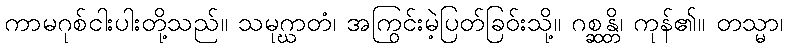
ကာမဂုစ်ငါးပါးတို့သည်။ သမုဂ္ဃာတံ၊ အကြွင်းမဲ့ပြတ်ခြဝ်းသို့။ ဂစ္ဆန္တိ၊ ကုန်၏။ တသ္မာ၊